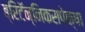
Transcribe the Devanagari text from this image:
ब्रिटॅन्निकसपेक्षा